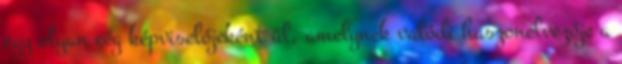
egy olyan cég képviselőjeként ül, amelynek valódi haszonélvezője a